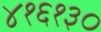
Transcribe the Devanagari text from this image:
४१६१३०